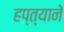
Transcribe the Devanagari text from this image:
हप्त्याने